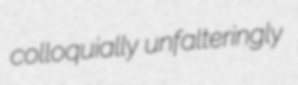
colloquially unfalteringly